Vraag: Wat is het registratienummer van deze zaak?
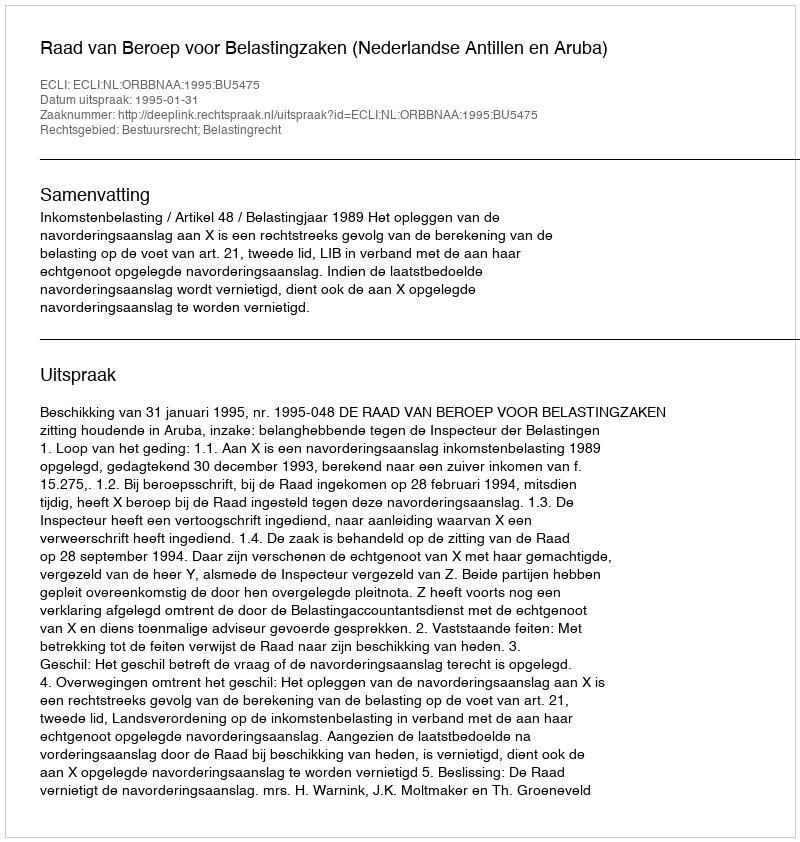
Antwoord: http://deeplink.rechtspraak.nl/uitspraak?id=ECLI:NL:ORBBNAA:1995:BU5475